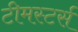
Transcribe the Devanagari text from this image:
टीमस्टर्स